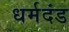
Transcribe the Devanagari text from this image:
धर्मदंड